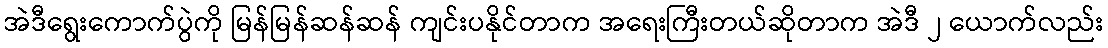
အဲဒီရွေးကောက်ပွဲကို မြန်မြန်ဆန်ဆန် ကျင်းပနိုင်တာက အရေးကြီးတယ်ဆိုတာက အဲဒီ ၂ ယောက်လည်း